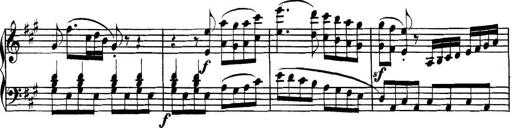
Title: Collected Piano Sonatas
Composer: Muzio Clementi